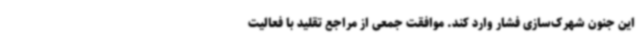
این جنون شهرک‌سازی فشار وارد کند. موافقت جمعی از مراجع تقلید با فعالیت